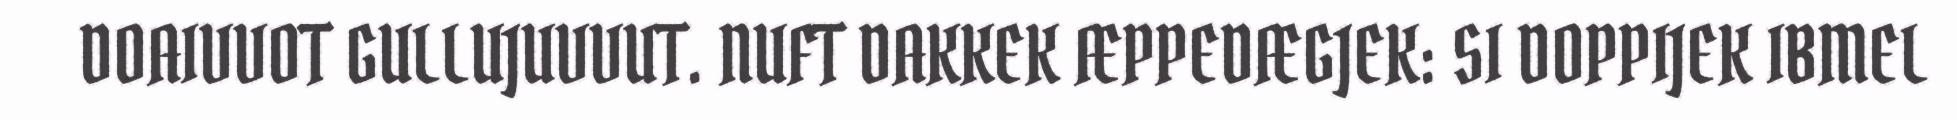
DOAIVVOT GULLUJUVVUT. NUFT DAKKEK ÆPPEDÆGJEK: SI DOPPIJEK IBMEL